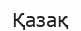
Қазақ